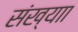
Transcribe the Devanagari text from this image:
संख्याा